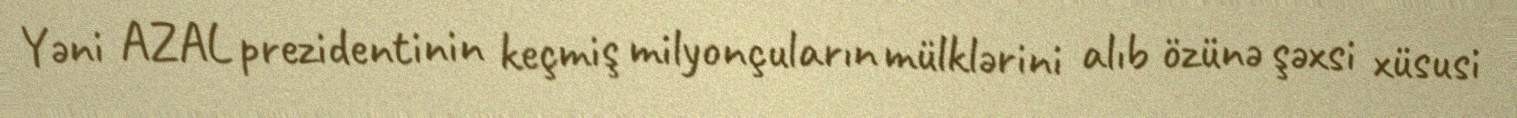
Yəni AZAL prezidentinin keçmiş milyonçuların mülklərini alıb özünə şəxsi xüsusi